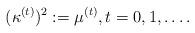
LaTeX: \begin{align*}(\kappa^{(t)})^2:=\mu^{(t)},t=0,1,\dots.\end{align*}